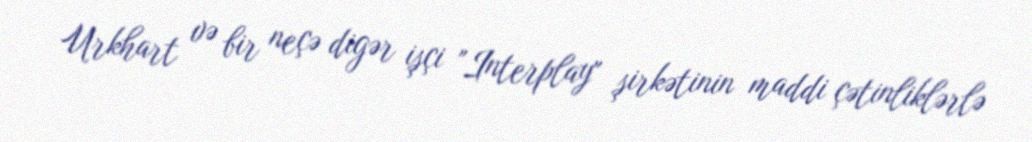
Urkhart və bir neçə digər işçi "Interplay" şirkətinin maddi çətinliklərlə